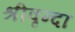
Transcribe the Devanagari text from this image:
श्रीवृन्दा